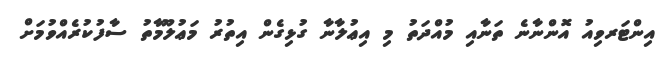
އިންޓަރވިއު އޮންނާނެ ތަނާއި މުއްދަތު މި އިޢުލާނާ ގުޅިގެން އިތުރު މަޢުލޫމާތު ސާފުކުރެއްވުމަށް